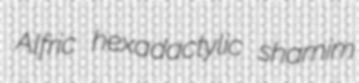
Alfric hexadactylic shamim